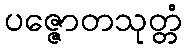
ပဇ္ဇောတသုတ္တံ